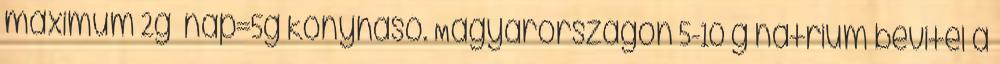
maximum 2g nap=5g konyhasó. Magyarországon 5-10 g nátrium bevitel a